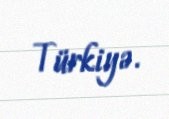
Türkiyə.